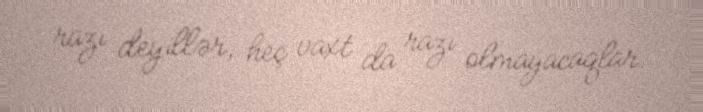
razı deyillər, heç vaxt da razı olmayacaqlar.